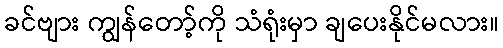
ခင်ဗျား ကျွန်တော့်ကို သံရုံးမှာ ချပေးနိုင်မလား။